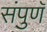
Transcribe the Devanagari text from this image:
संपुणॅ